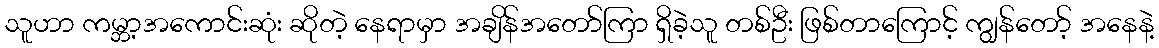
သူဟာ ကမ္ဘာ့အကောင်းဆုံး ဆိုတဲ့ နေရာမှာ အချိန်အတော်ကြာ ရှိခဲ့သူ တစ်ဦး ဖြစ်တာကြောင့် ကျွန်တော့် အနေနဲ့